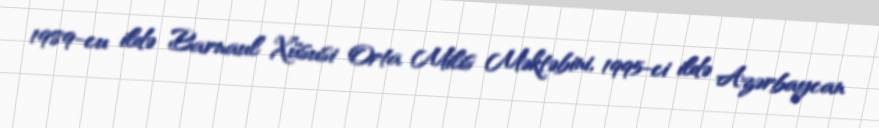
1989-cu ildə Barnaul Xüsusi Orta Milis Məktəbini, 1995-ci ildə Azərbaycan